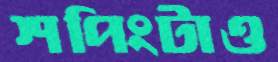
শপিংটাও